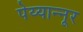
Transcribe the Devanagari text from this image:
पेय्यान्‍नूर